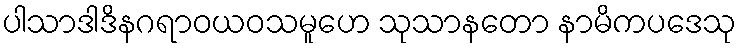
ပါသာဒါဒိနဂရာဝယဝသမူဟေ သုသာနတော နာမိကပဒေသု